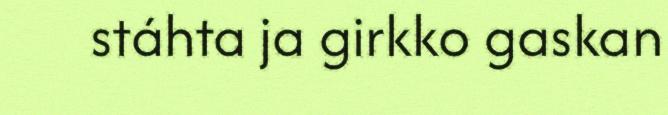
stáhta ja girkko gaskan